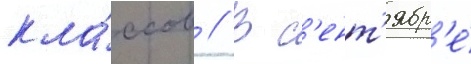
кла́ссов // В с'ент'ябр'е́